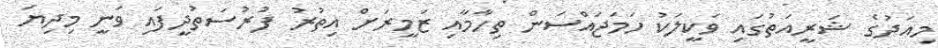
މިއަދުގެ ޝަރީއަތުގައި ވަކީލަކު ހަމަޖައްސަން ތިހާމާއި ޒަމީރަށް އިތުރު ފުރުސަތުދީފައި ވަނީ މިދިޔަ